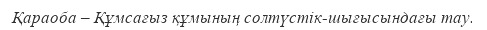
Қараоба – Құмсағыз құмының солтүстік-шығысындағы тау.